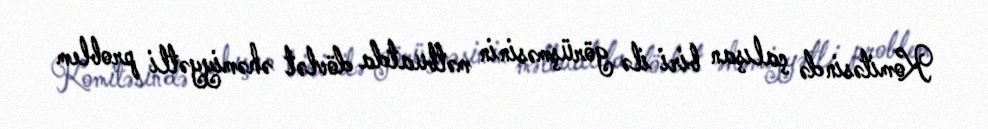
Komitəsində çalışan biri ilə görüşməsinin mətbuatda dövlət əhəmiyyətli problem